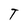
Character: T